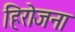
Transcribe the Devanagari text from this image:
हिरोजना